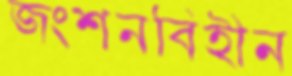
জংশনবিহীন